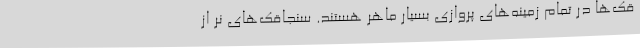
قک‌‌ها در تمام زمینه‌های پروازی بسیار ماهر هستند. سنجاقک‌های نر از